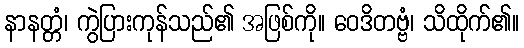
နာနတ္တံ၊ ကွဲပြားကုန်သည်၏ အဖြစ်ကို။ ဝေဒိတဗ္ဗံ၊ သိထိုက်၏။